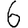
Digit: 6